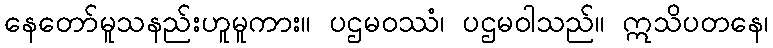
နေတော်မူသနည်းဟူမူကား။ ပဌမဝဿံ၊ ပဌမဝါသည်။ ဣသိပတနေ၊